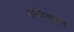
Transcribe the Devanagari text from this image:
तपोबलावर